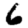
Digit: 6